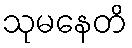
သုမနေတိ